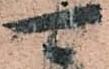
可